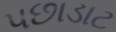
પછાડાટ